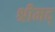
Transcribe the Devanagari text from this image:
श्रीमद्‍